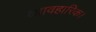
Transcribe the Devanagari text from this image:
व्यावहारिक।